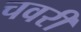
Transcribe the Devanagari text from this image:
चवरी